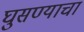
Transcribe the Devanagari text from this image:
घुसण्याचा